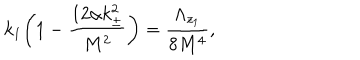
LaTeX: k _ { 1 } \bigg ( 1 - \frac { 1 2 \alpha k _ { \pm } ^ { 2 } } { M ^ { 2 } } \bigg ) = \frac { \Lambda _ { z _ { 1 } } } { 8 M ^ { 4 } } ,